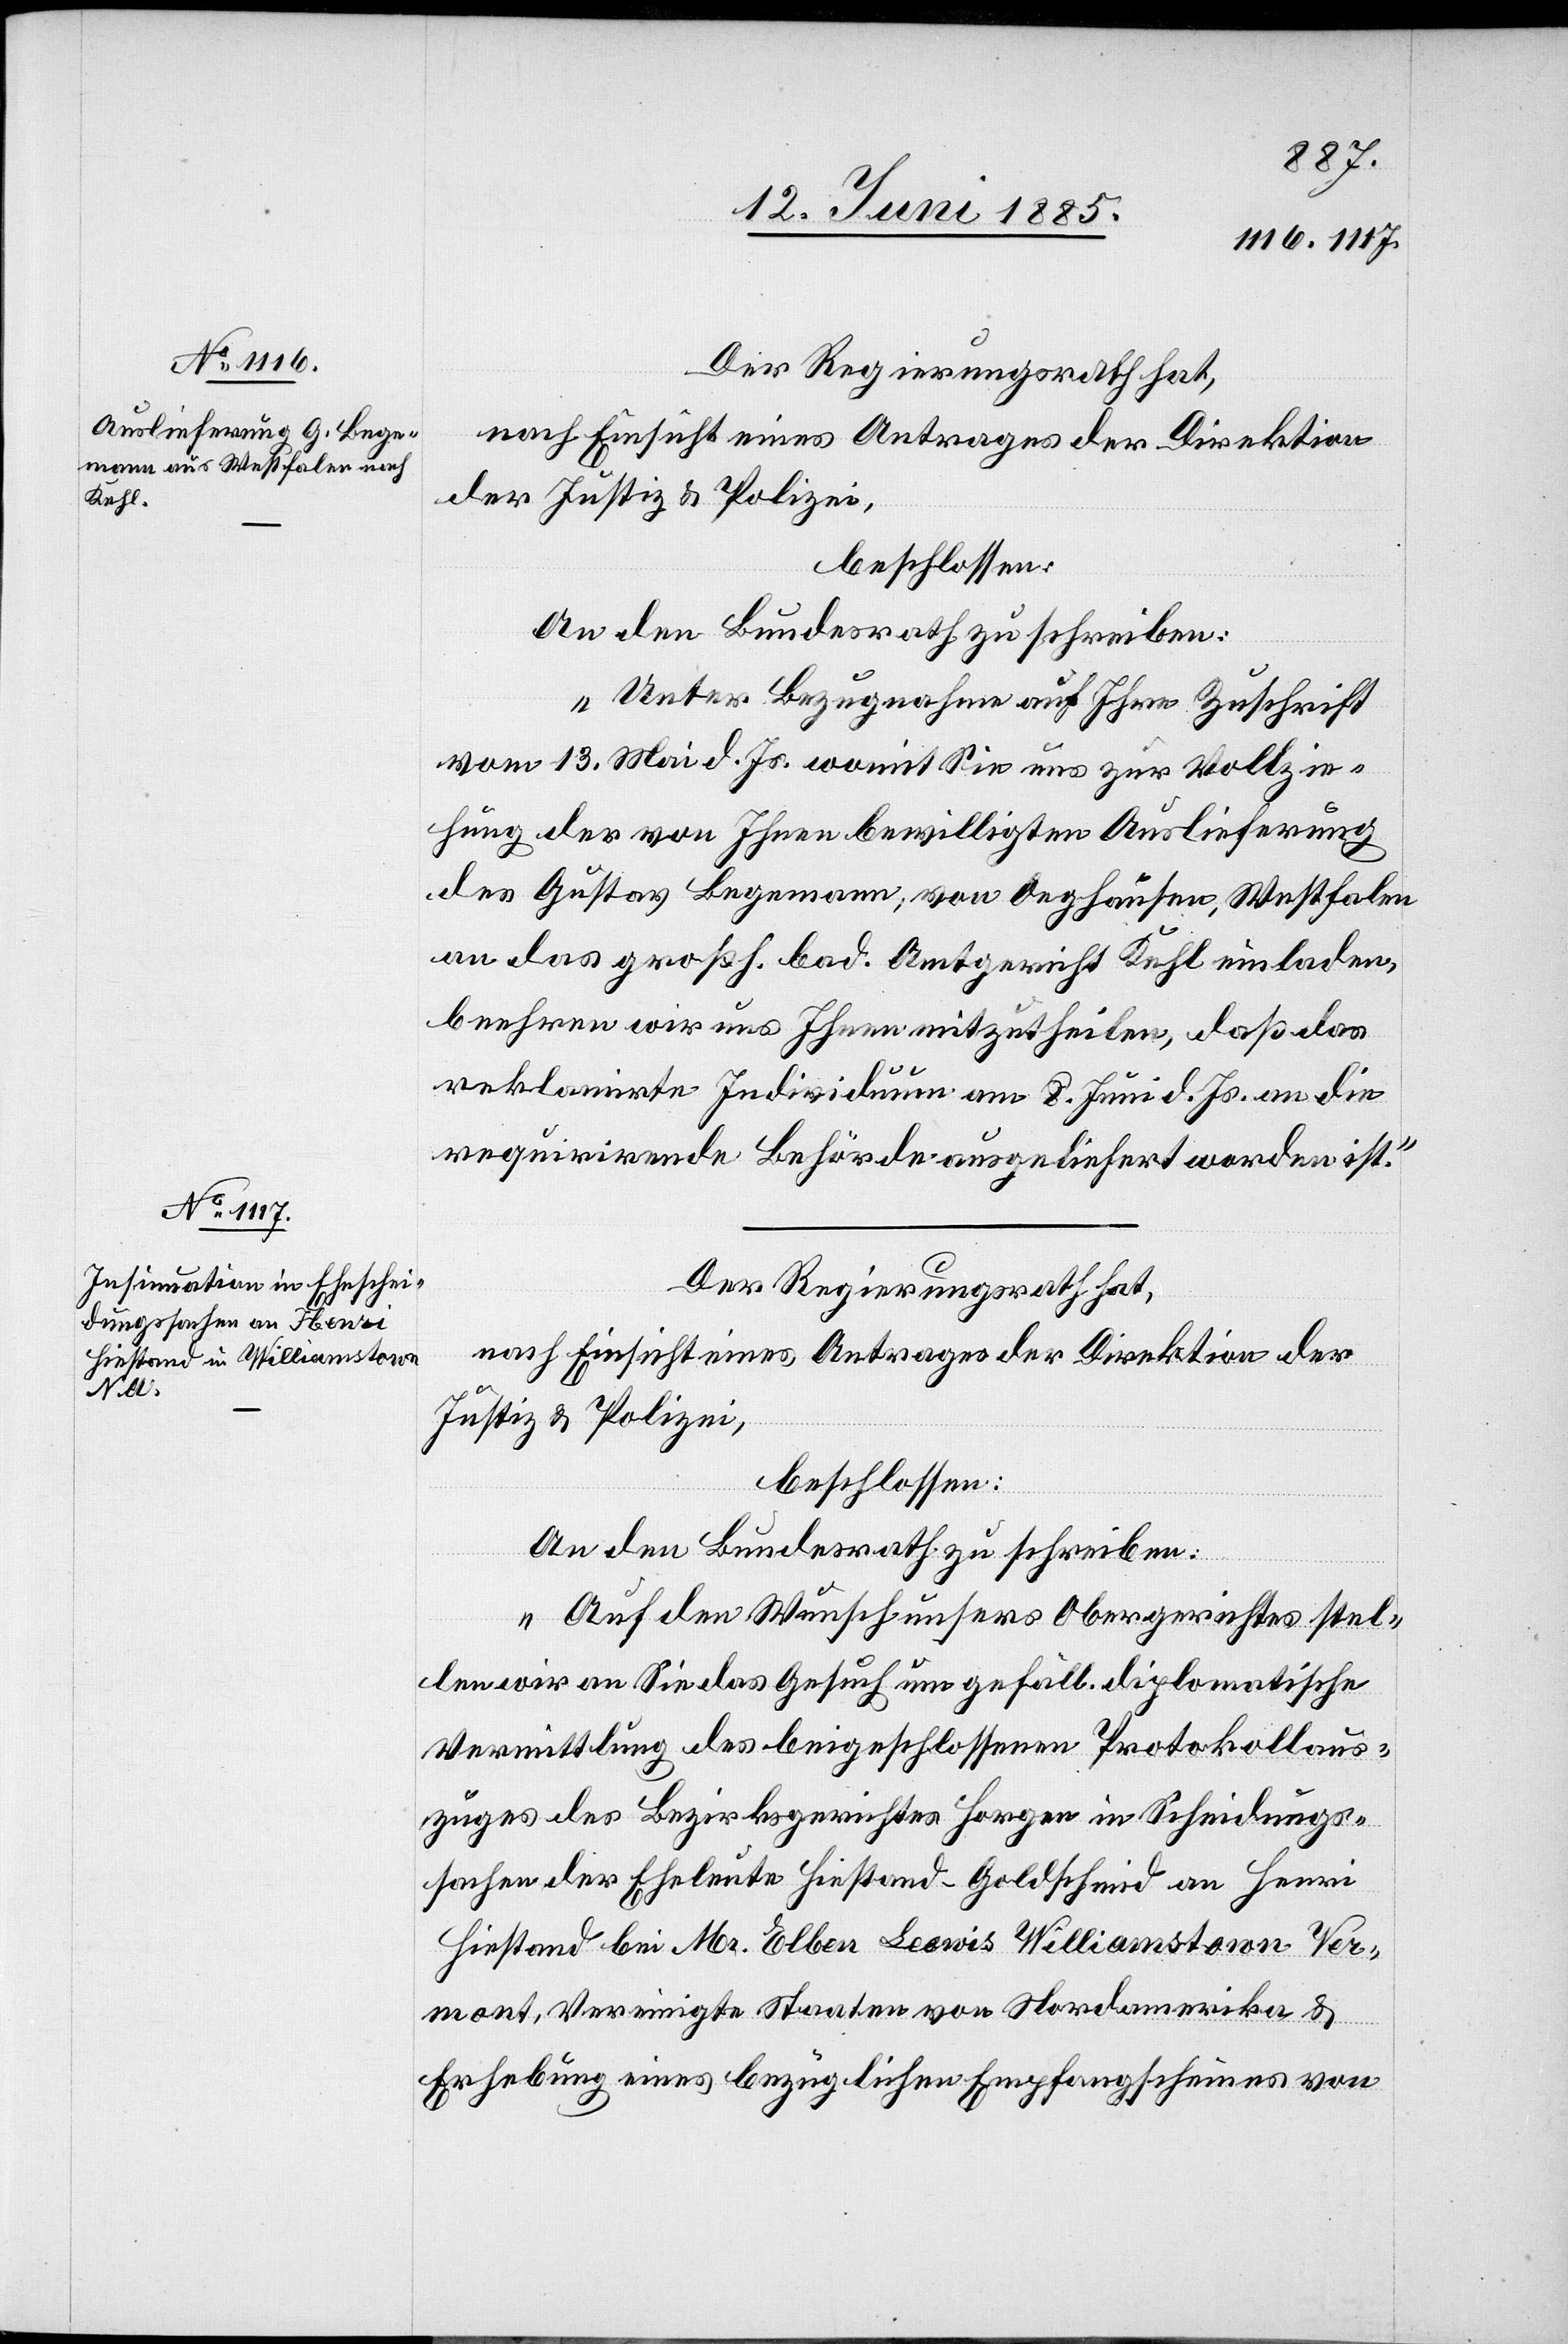
15. Juni 1885.]
Der Regierungsrath hat,
nach Einsicht eines Antrages der Direktion
der Justiz & Polizei,
beschlossen:
An den Bundesrath zu schreiben:
„Unter Bezugnahme auf Ihre Zuschrift
vom 13. Mai d. Js. womit Sie uns zur Vollzie¬
hung der von Ihnen bewilligten Auslieferung
des Gustav Begemann, von Oeghausen [recte:
an das großh. bad. Amtsgericht Kehl einladen,
beehren wir uns Ihnen mitzutheilen, daß das
reklamirte Individuum am 8. Juni d. Js. an die
requirirende Behörde ausgeliefert worden ist.“
Der Regierungsrath hat,
nach Einsicht eines Antrages der Direktion der
Justiz & Polizei,
beschlossen:
An den Bundesrath zu schreiben:
„Auf den Wunsch unsers Obergerichtes stel¬
len wir an Sie das Gesuch um gefäll. diplomatische
Vermittlung des beigeschlossenen Protokollaus¬
zuges des Bezirksgerichtes Horgen in Scheidungs¬
sachen der Eheleute Hiestand-Goldschmid an Henri
Hiestand bei Mr. Elben Lewis Williamstown Ver¬
mont, Vereinigte Staaten von Nordamerika &
Erhebung eines bezüglichen Empfangsscheines von